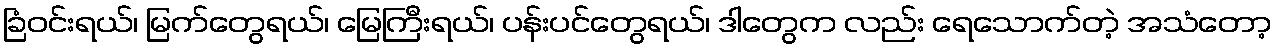
ခြံဝင်းရယ်၊ မြက်တွေရယ်၊ မြေကြီးရယ်၊ ပန်းပင်တွေရယ်၊ ဒါတွေက လည်း ရေသောက်တဲ့ အသံတော့